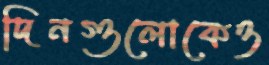
দিনগুলোকেও